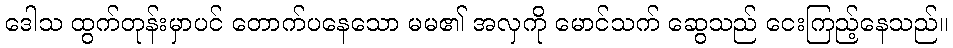
ဒေါသ ထွက်တုန်းမှာပင် တောက်ပနေသော မမ၏ အလှကို မောင်သက် ဆွေသည် ငေးကြည့်နေသည်။